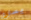
يصارع